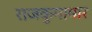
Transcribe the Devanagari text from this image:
राजकुमामार